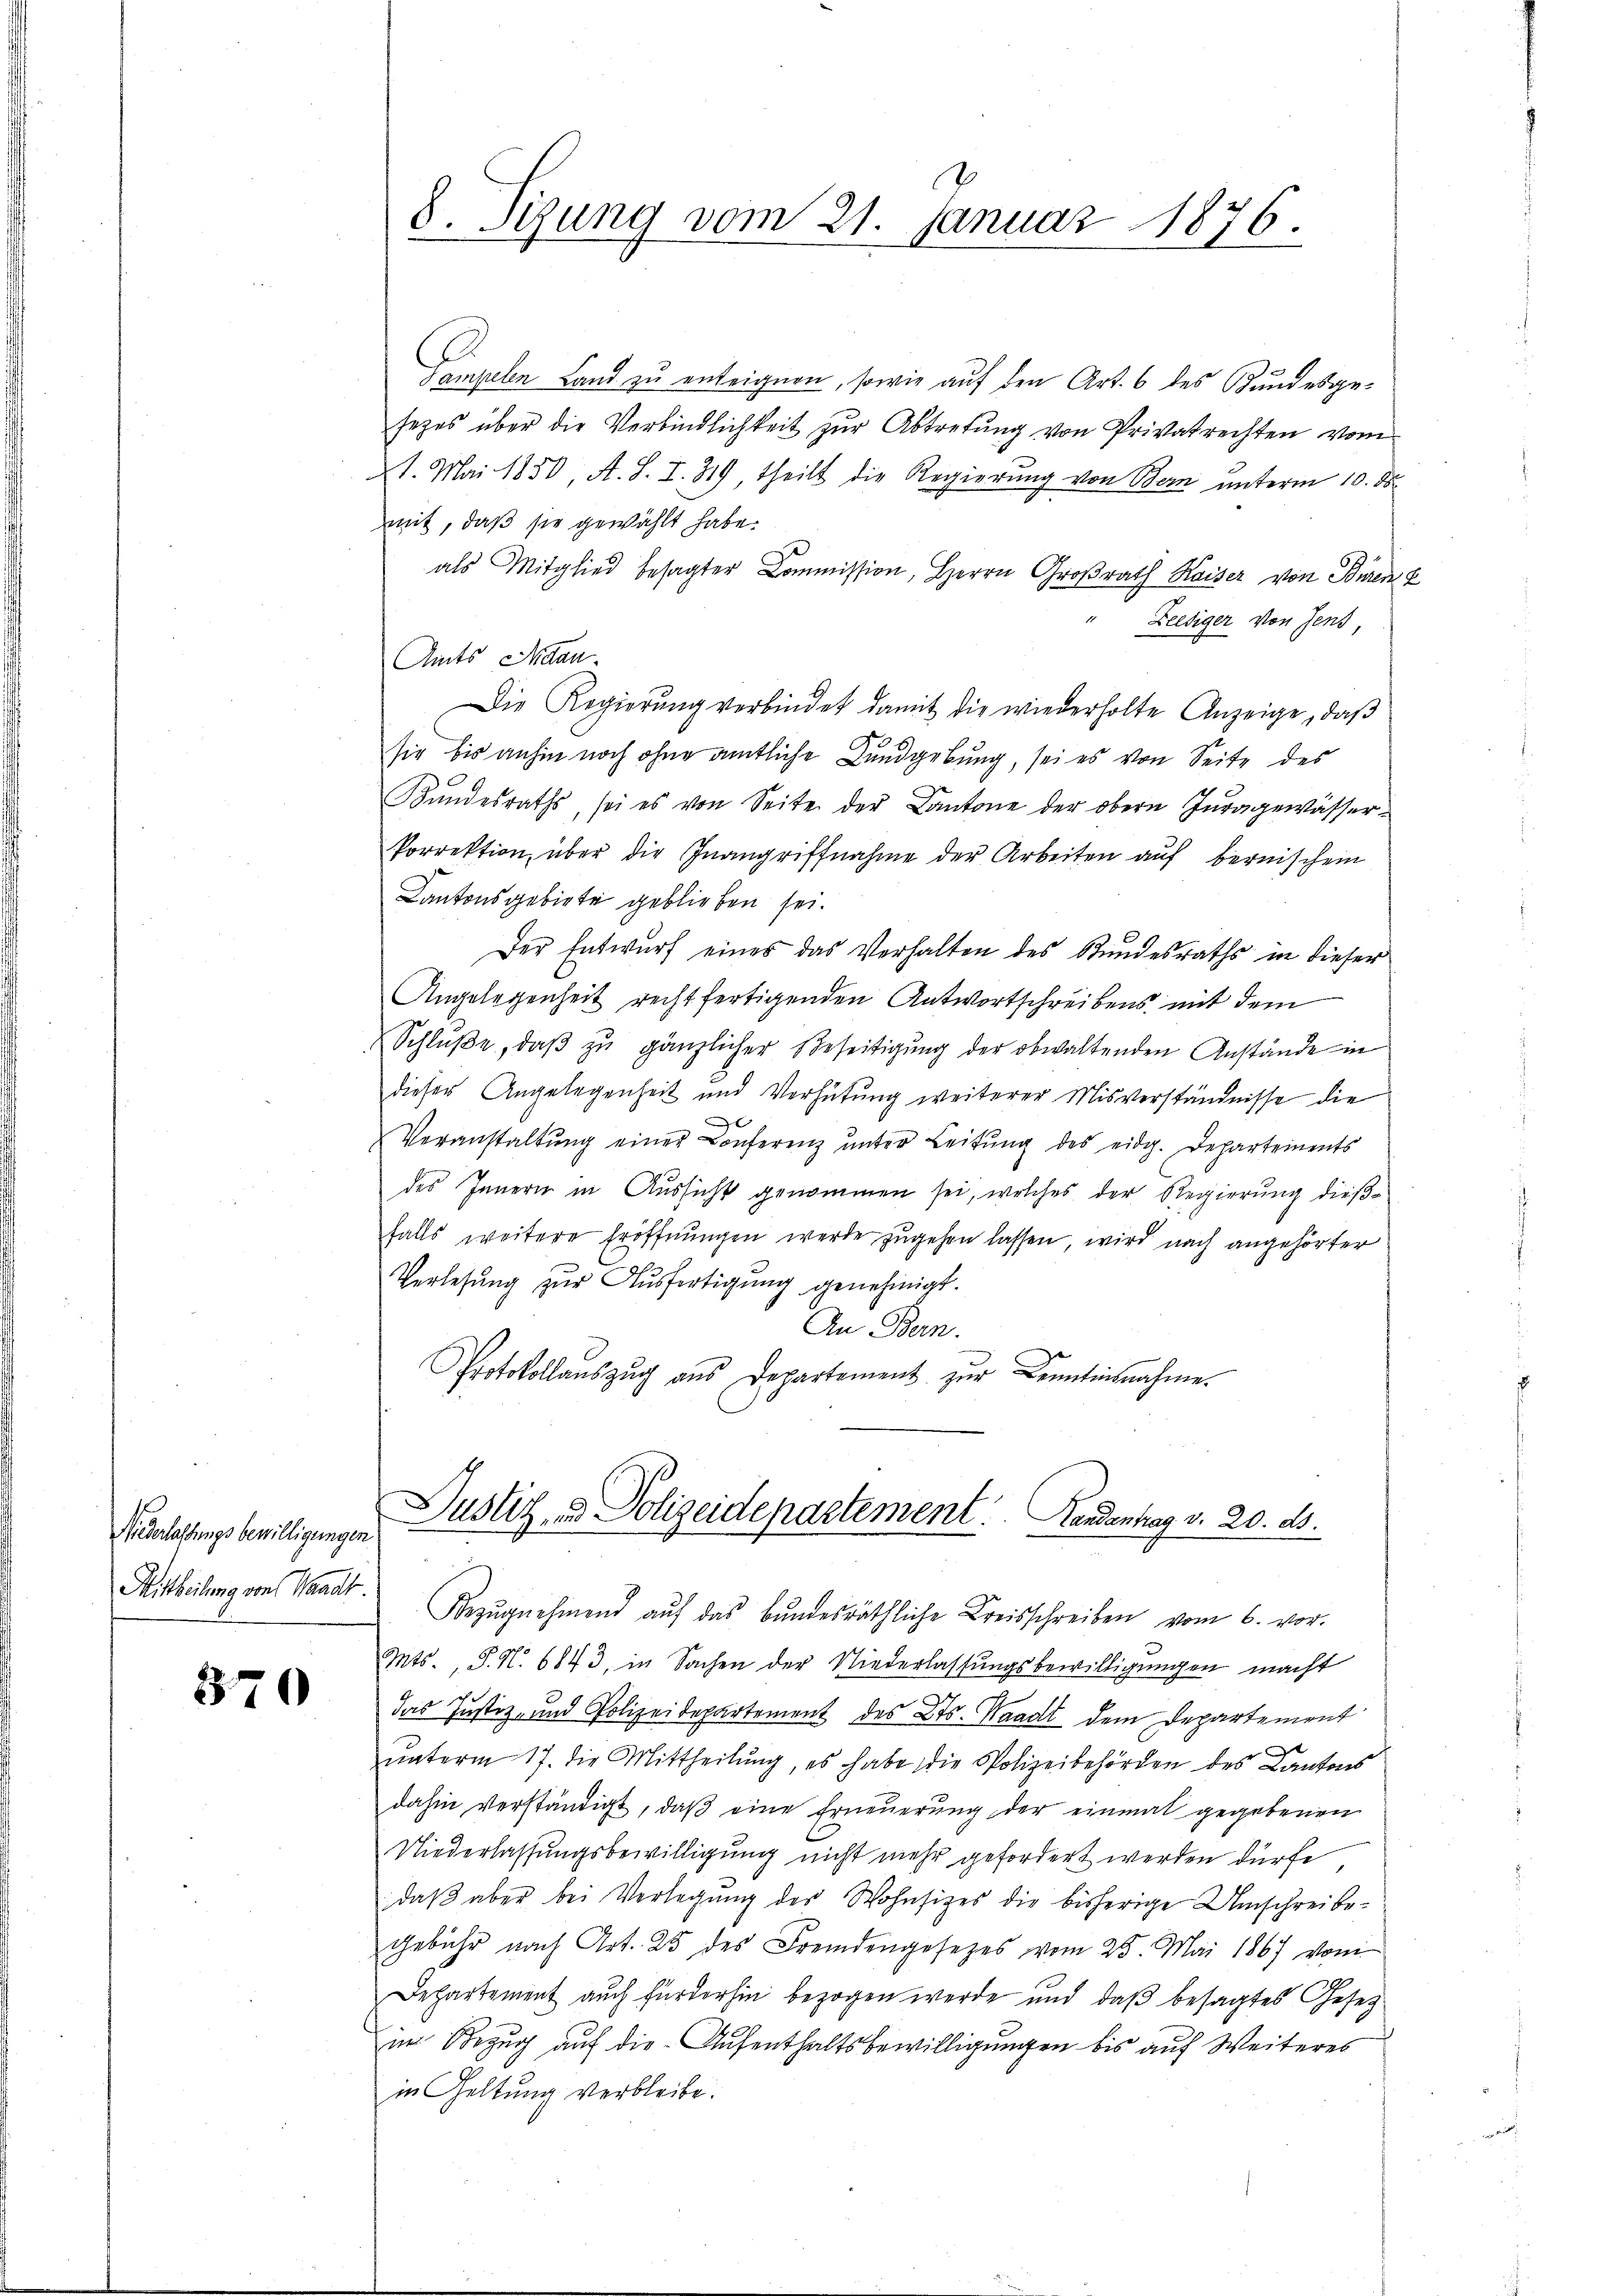
Niederlassungsbewilligungen
Mittheilung von Waadt

370

Tempelen Land zu enteignen, sowie auf den Art. 6 des Kundesgesezes über die Verbindlichkeit zur Abtretung von Privatrechten vom
4. Mai 1850, A. S. I. 319, theilt die Regierung von Bern unterm 10. ds.
mit, daß sie gewählt habe.
als Mitglied besagter Commission, Herrn Großrath Kaiser von Bouren E
Zeesiger von Jens,
Amts Andau.
Die Regierŭng verbindet damit die wiederholte Anzeige, daβ
sie bis anhin noch ohne amtliche Kundgebung, sei es von Seite des
Bundesraths, sei es von Seite der Cantone der obern Juragewässer¬
Porrektion über die Inangriffnahme der Arbeiten aŭf bernischein
Kantonsgebiete geblieben sei.
Der Entwurf eines das Verhalten des Stundesraths in dieser
Angelegenheit rechtfertigenden Antwortschreibens mit dem
Schlŭβe, daβ zŭ gänzlicher Beseitigung der obwaltenden Anstände in
dieser Angelegenheit und Verhütung weiterer Misverständnisse die
Veranstaltŭng einer Conferenz ŭnter Leitŭng des eidg. Departements
des Innern in Aussicht genommen sei, welches der Regierung dießfalls weitere Eröffnungen werde zugehen lassen, wird nach angehörter
Verlesung zŭr Aŭsfertigung genehmigt.
An Bern.
Protokollaŭszŭg aŭs Departement zŭr Kenntnisnahme.

V
8. Sizung vom 21. Januar 1876.

Justiz- & Polizeidepartement. Landentrag v. 20. ds.

Bezŭgnehmend aŭf das bundesräthliche Kreisschreiben vom 6. vor.
Mts., P. N. 6843, in Sachen der Niederlassungsbewilligungen macht
das Justiz- und Polizeidepartement des Kts. Waadt dem Departement
unterm 17. die Mittheilung, es habe die Polizeibehörden des Kantons
dahin verständigt, daβ eine Erneuerung der einmal gegebenen
Niederlassungsbewilligung nicht mehr gefordert werden dürfe
daß aber bei Verlegung der Wohnsitzes die bisherige Umschreibegebühr nach Art. 25 des Fremdengesezes vom 25. Mai 1867 vom
Departement auch fürderhin bezogen werde und daß besagtes Gesetz
im Bezug auf die Aufenthaltsbewilligungen bis auf Weiteres
in Geltung verbleibe.